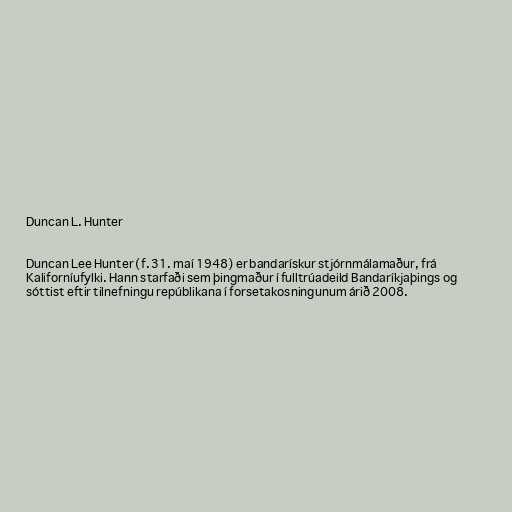
Duncan L. Hunter

Duncan Lee Hunter (f. 31. maí 1948) er bandarískur stjórnmálamaður, frá
Kaliforníufylki. Hann starfaði sem þingmaður í fulltrúadeild Bandaríkjaþings og
sóttist eftir tilnefningu repúblikana í forsetakosningunum árið 2008.